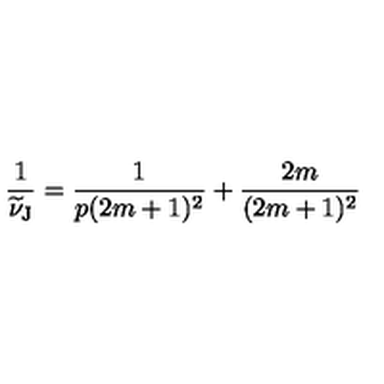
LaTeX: \frac { 1 } { \widetilde { \nu } _ { \mathrm { J } } } = \frac { 1 } { p ( 2 m + 1 ) ^ { 2 } } + \frac { 2 m } { ( 2 m + 1 ) ^ { 2 } }